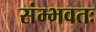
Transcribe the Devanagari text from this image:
संम्भवतः